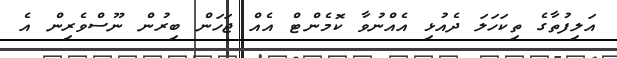
އަލިފުތާގެ ތިކަހަލަ ދެއުޅި އެއްނުވާ ކޮމެންޓް އެއް ޖަހަން ބިރުން ނޫސްވެރިން އެ